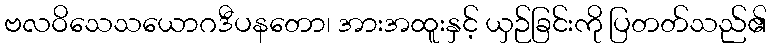
ဗလဝိသေသယောဂဒီပနတော၊ အားအထူးနှင့် ယှဉ်ခြင်းကို ပြတတ်သည်၏